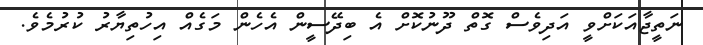
ނަތީޖާއަކަށްވީ އަދިވެސް ގޮތް ދޫނުކޮށް އެ ބިދޭސީން އެހެން މަގެއް އިހުތިޔާރު ކުރުމެވެ.